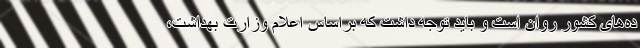
ده‌های کشور روان است و باید توجه داشت که براساس اعلام وزارت بهداشت،